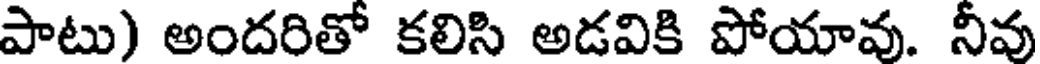
పాటు) అందరితో కలిసి అడవికి పోయావు. నీవు